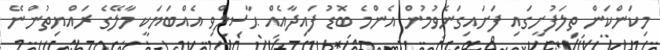
މިކަންކަން ތިލަފުށީގައި ފަށައިގަނެވުމުން އެންމެ ބޮޑު ފައިދާއެއް ޙާސިލްވި އެއްބަޔަކީ މާލޭގެ ރައްޔިތުންނޭ